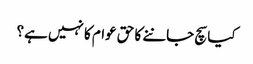
کیا سچ جاننے کا حق عوام کا نہیں ہے؟